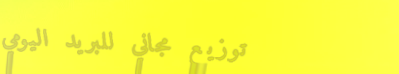
توزيع مجاني للبريد اليومي